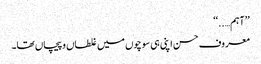
’’آہم…..‘‘
معروف حسن اپنی ہی سوچوں میں غلطاں و پیچاں تھا۔